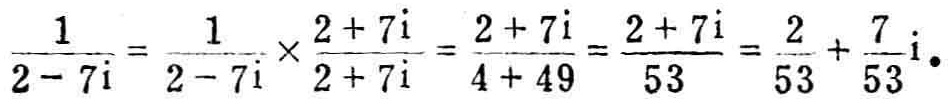
\(\frac{1}{2 - 7i}=\frac{1}{2 - 7i}\times\frac{2 + 7i}{2 + 7i}=\frac{2 + 7i}{4 + 49}=\frac{2 + 7i}{53}=\frac{2}{53}+\frac{7}{53}i\)